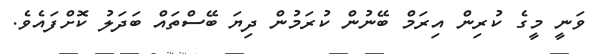
ވަނީ މީގެ ކުރިން އިރަމް ބޭނުން ކުރަމުން ދިޔަ ބޭސްތައް ބަދަލު ކޮށްފައެވެ.